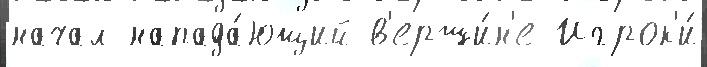
начал напада́ющий в'ерши́н'е Игрок'и́